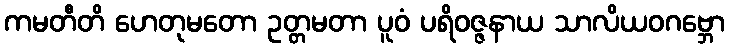
ကမတီတိ ဟေတုမတော ဥတ္တမတာ ပူဝံ ပရိဝဇ္ဇနာယ သာလိယဝဂဗ္ဘော